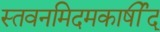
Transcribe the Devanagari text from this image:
स्तवनमिदमकार्षीद्